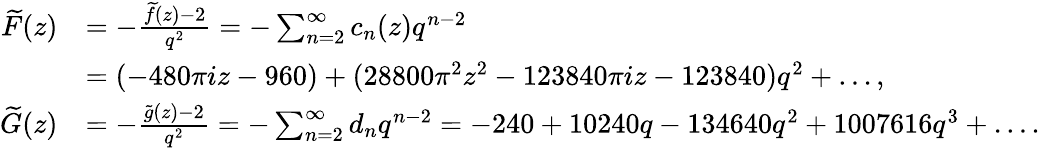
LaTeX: \begin{array}{rl}{\widetilde{F}(z)}&{=-\frac{\widetilde{f}(z)-2}{q^{2}}=-\sum_{n=2}^{\infty}c_{n}(z)q^{n-2}}\\ &{=(-480\pi iz-960)+(28800\pi^{2}z^{2}-123840\pi iz-123840)q^{2}+\ldots,}\\ {\widetilde{G}(z)}&{=-\frac{\widetilde{g}(z)-2}{q^{2}}=-\sum_{n=2}^{\infty}d_{n}q^{n-2}=-240+10240q-134640q^{2}+1007616q^{3}+\ldots.}\end{array}